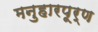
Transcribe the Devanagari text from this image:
मनुहारपूर्ण